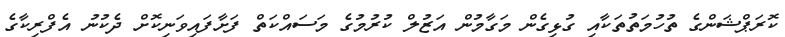
ކޮރަޕްޝަންގެ ތުހުމަތުތަކާއި ގުޅިގެން މަގާމުން އަޒުލް ކުރުމުގެ މަސައްކަތް ފަށާފައިވަނިކޮށް ދެކުނު އެފްރިކާގެ